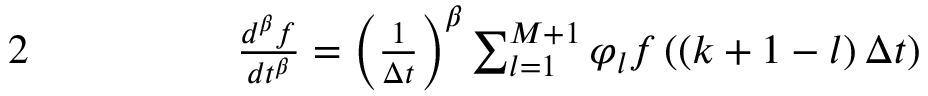
\begin{array} { r l r l } { { 2 } } & { { } } & { \qquad } & { { } \frac { d ^ { \beta } f } { d t ^ { \beta } } = \left( \frac { 1 } { \Delta t } \right) ^ { \beta } \sum _ { l = 1 } ^ { M + 1 } \varphi _ { l } f \left( \left( k + 1 - l \right) \Delta t \right) } \end{array}